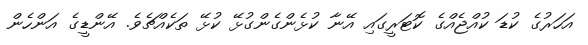
އަހަރުގެ ކުޑަ ކުއްޖެއްގެ ކޮޓަރީގައި އޭނާ ކުޅެންގެންގުޅޭ ކުޅޭ ތަކެއްޗެވެ. އޭންޑީގެ އަންހެން